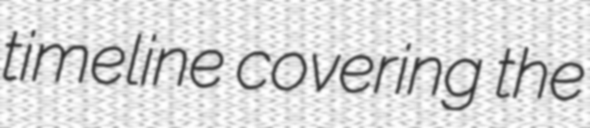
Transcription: timeline covering the